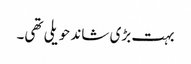
بہت بڑی شاند حویلی تھی۔